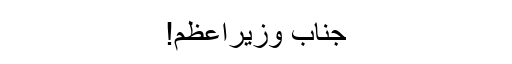
جنابِ وزیراعظم!